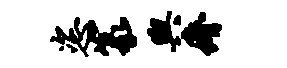
恣篆舆瘠